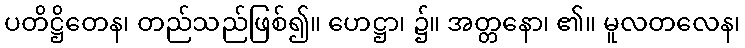
ပတိဋ္ဌိတေန၊ တည်သည်ဖြစ်၍။ ဟေဋ္ဌာ၊ ၌။ အတ္တနော၊ ၏။ မူလတလေန၊